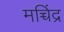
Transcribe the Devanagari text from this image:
मच्चिंद्र